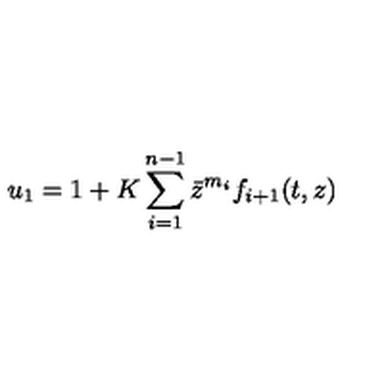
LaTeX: u _ { 1 } = 1 + K \sum _ { i = 1 } ^ { n - 1 } \bar { z } ^ { m _ { i } } f _ { i + 1 } ( t , z )